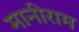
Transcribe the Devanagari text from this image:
मानीराम